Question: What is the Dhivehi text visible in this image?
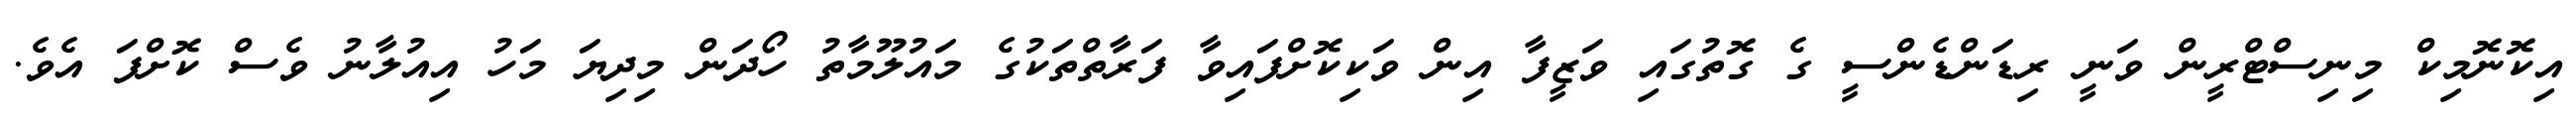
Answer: އިކޮނޮމިކް މިނިސްޓްރީން ވަނީ ރިޑަންޑެންސީ ގެ ގޮތުގައި ވަޒީފާ އިން ވަކިކޮށްފައިވާ ފަރާތްތަކުގެ މައުލޫމާތު ހޯދަން މިދިޔަ މަހު އިއުލާނު ވެސް ކޮށްފަ އެވެ.